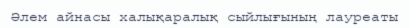
Әлем айнасы халықаралық сыйлығының лауреаты